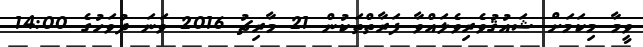
ވީމާ މިކަމަށް ޝައުޤުވެރިވެލައްވާ ފަރާތްތަކުން 21 މާރިޗު 2016 ވަނަ ދުވަހުގެ 14:00